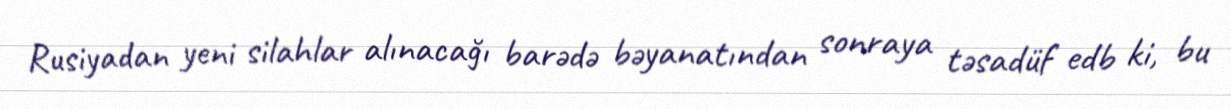
Rusiyadan yeni silahlar alınacağı barədə bəyanatından sonraya təsadüf edb ki, bu